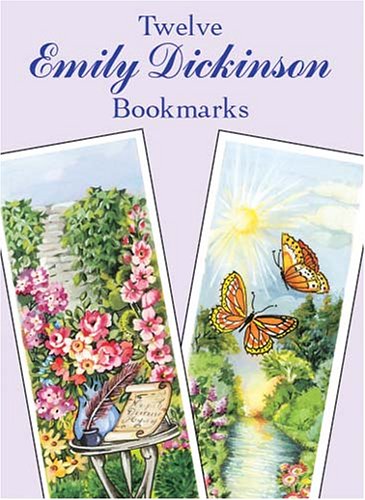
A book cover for Twelve Emily Dickinson Bookmarks (Dover Bookmarks); Emily Dickinson; Crafts, Hobbies & Home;